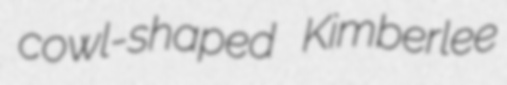
cowl-shaped Kimberlee